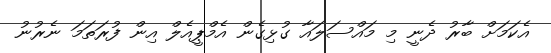
އެކަމަށް ބާރު ދެނީ މި މައްސަލައާ ގުޅިގެން އެމްޕީއެލް އިން ފުރަތަމަ ނެރުނު